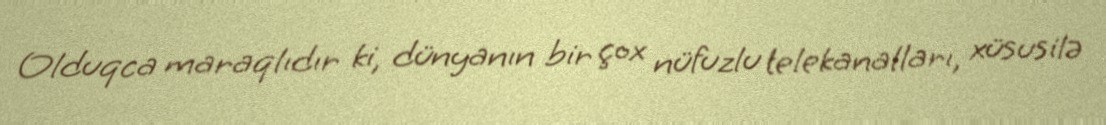
Olduqca maraqlıdır ki, dünyanın bir çox nüfuzlu telekanalları, xüsusilə